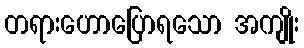
တရားဟောပြောရသော အကျိုး